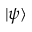
| \psi \rangle